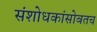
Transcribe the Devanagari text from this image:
संशोधकांसोबतच